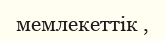
мемлекеттік ,